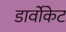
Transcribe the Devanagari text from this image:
डार्वोकेट